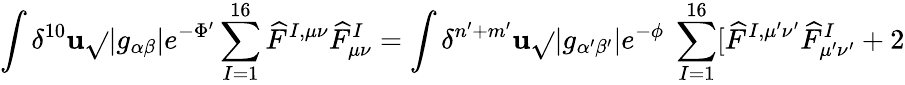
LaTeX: \int\delta^{10}\mathbf{u}\sqrt{}{{|g_{\alpha\beta}|}}e^{-\Phi^{\prime}}\sum_{I=1}^{16}\widehat{{F}}^{I,\mu\nu}\widehat{{F}}_{\mu\nu}^{I}=\int\delta^{n^{\prime}+m^{\prime}}\mathbf{u}\sqrt{}{{|g_{\alpha^{\prime}\beta^{\prime}}|}}e^{-\phi}~\sum_{I=1}^{16}[\widehat{{F}}^{I,\mu^{\prime}\nu^{\prime}}\widehat{{F}}_{\mu^{\prime}\nu^{\prime}}^{I}+2